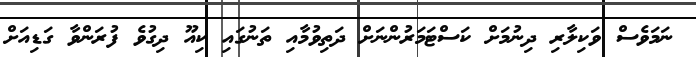
ނަމަވެސް ވަކިލާރި ދިނުމަށް ކަސްޓަމަރުންނަށް ދަތިވުމާއި ތަނުގައި ކިއޫ ދިގުވެ ފުރަންވާ ގަޑިއަށް